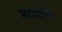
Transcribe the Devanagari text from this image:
मेहर्शाला